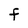
Character: F